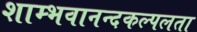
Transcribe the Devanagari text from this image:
शाम्भवानन्दकल्पलता